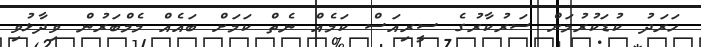
ހަރަދު ކުޑަކުރުމަށް ސަރުކާރުގެ ސީރިއަސް ކަމެއް ނެތް ކަމަށް ބައެއް މެމްބަރުން ވިދާޅުވި